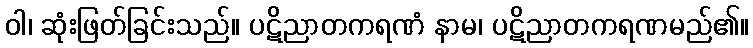
ဝါ၊ ဆုံးဖြတ်ခြင်းသည်။ ပဋိညာတကရဏံ နာမ၊ ပဋိညာတကရဏမည်၏။